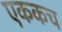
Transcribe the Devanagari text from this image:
एककच